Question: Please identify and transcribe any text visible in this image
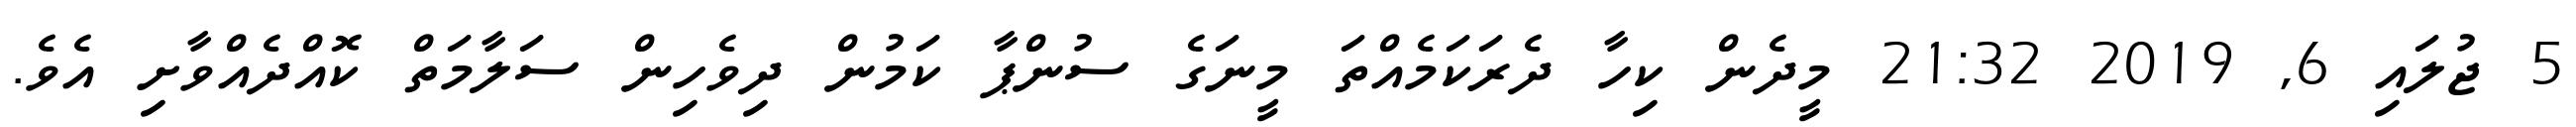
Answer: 5 ޖުލައި 6, 2019 21:32 މީދެން ކިހާ ދެރަކަމެއްތަ މީނަގެ ސުންޕާ ކަމުން ދިވެހިން ސަލާމަތް ކޮއްދެއްވާށި އެވެ.